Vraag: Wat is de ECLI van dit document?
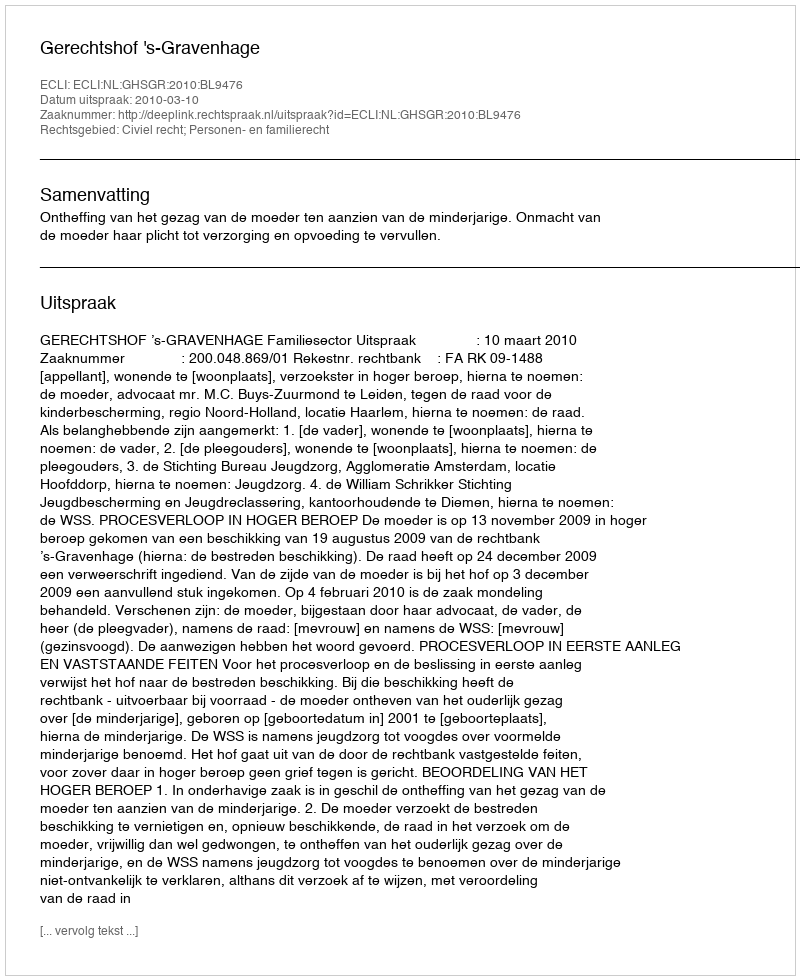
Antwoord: ECLI:NL:GHSGR:2010:BL9476